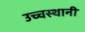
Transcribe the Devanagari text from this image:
उच्चस्थानी